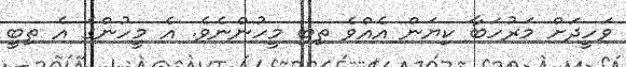
ވަހީދަށް މަރުހަބާ ކިޔަން އެއްވެ ތިބި މީހުންނެވެ. އެ މީހުންގެ އެ ތިބީ